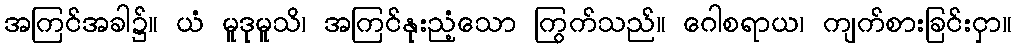
အကြင်အခါ၌။ ယံ မူဒုမူသိ၊ အကြင်နုးညံ့သော ကြွက်သည်။ ဂေါစရာယ၊ ကျက်စားခြင်းငှာ။